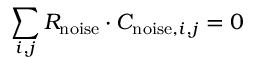
\sum _ { i , j } R _ { \mathrm { n o i s e } } \cdot C _ { \mathrm { n o i s e } , i , j } = 0